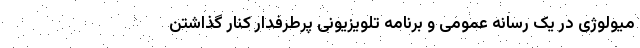
میولوژی در یک رسانه عمومی و برنامه تلویزیونی پرطرفدار کنار گذاشتن